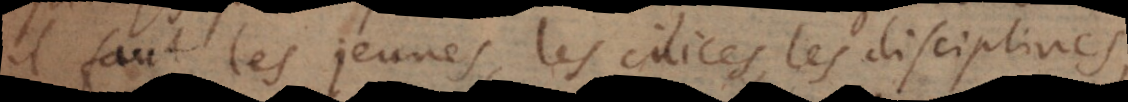
il faut les jeunes, les cilices, les disciplines,